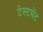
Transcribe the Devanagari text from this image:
टेस्टमेंट